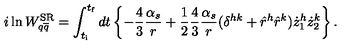
i \ln W _ { q \overline { { q } } } ^ { \mathrm { S R } } = \int _ { t _ { \mathrm { i } } } ^ { t _ { \mathrm { f } } } d t \left\{ - \frac { 4 } { 3 } \frac { \alpha _ { s } } { r } + \frac { 1 } { 2 } \frac { 4 } { 3 } \frac { \alpha _ { s } } { r } ( \delta ^ { h k } + \hat { r } ^ { h } \hat { r } ^ { k } ) \dot { z } _ { 1 } ^ { h } \dot { z } _ { 2 } ^ { k } \right\} .